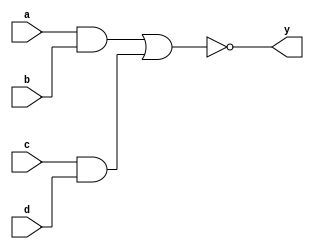
`timescale 1ns / 1ps
//////////////////////////////////////////////////////////////////////////////////
// Company: 
// Engineer: 
// 
// Design Name: 
// Module Name: ic_7450
// Project Name: 
// Target Devices: 
// Tool Versions: 
// Description: AND-OR-INVERT logic gate 
// 
// Dependencies: 
// 
// Revision:
// Revision 0.01 - File Created
// Additional Comments:
// 
//////////////////////////////////////////////////////////////////////////////////


module and_or_invert(
    output y,
    input a,b,c,d);
    
    assign y = ~ ((a & b) | (c & d));
    
endmodule